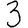
Digit: 3